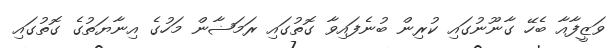
ވަޒީފާއާ ބެހޭ ގާނޫނުގައި ކުރިން ބުނެފައިވާ ގޮތުގައި ރަމަޟާން މަހުގެ އިނާޔަތުގެ ގޮތުގައި